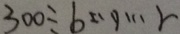
3 0 0 \div b \cdots r